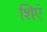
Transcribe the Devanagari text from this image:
शिएं